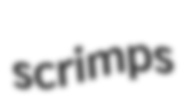
scrimps